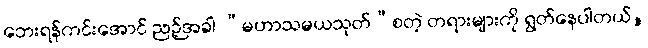
ဘေးရန်ကင်းအောင် ညဉ့်အခါ “မဟာသမယသုတ်”စတဲ့ တရားများကို ရွတ်နေပါတယ်,